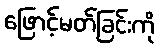
ဖြောင့်မတ်ခြင်းကို